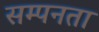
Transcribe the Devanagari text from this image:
सम्पनता